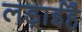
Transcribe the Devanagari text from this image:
लड़ाईहै